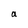
Character: a